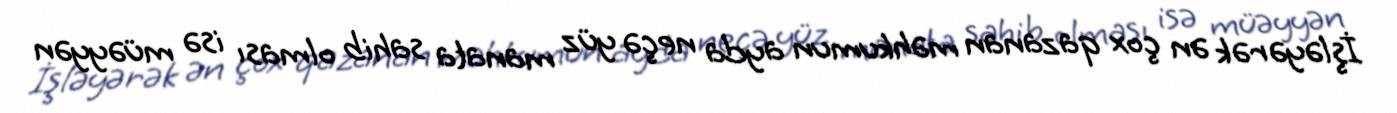
İşləyərək ən çox qazanan məhkumun ayda neçə yüz manata sahib olması isə müəyyən